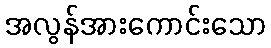
အလွန်အားကောင်းသော